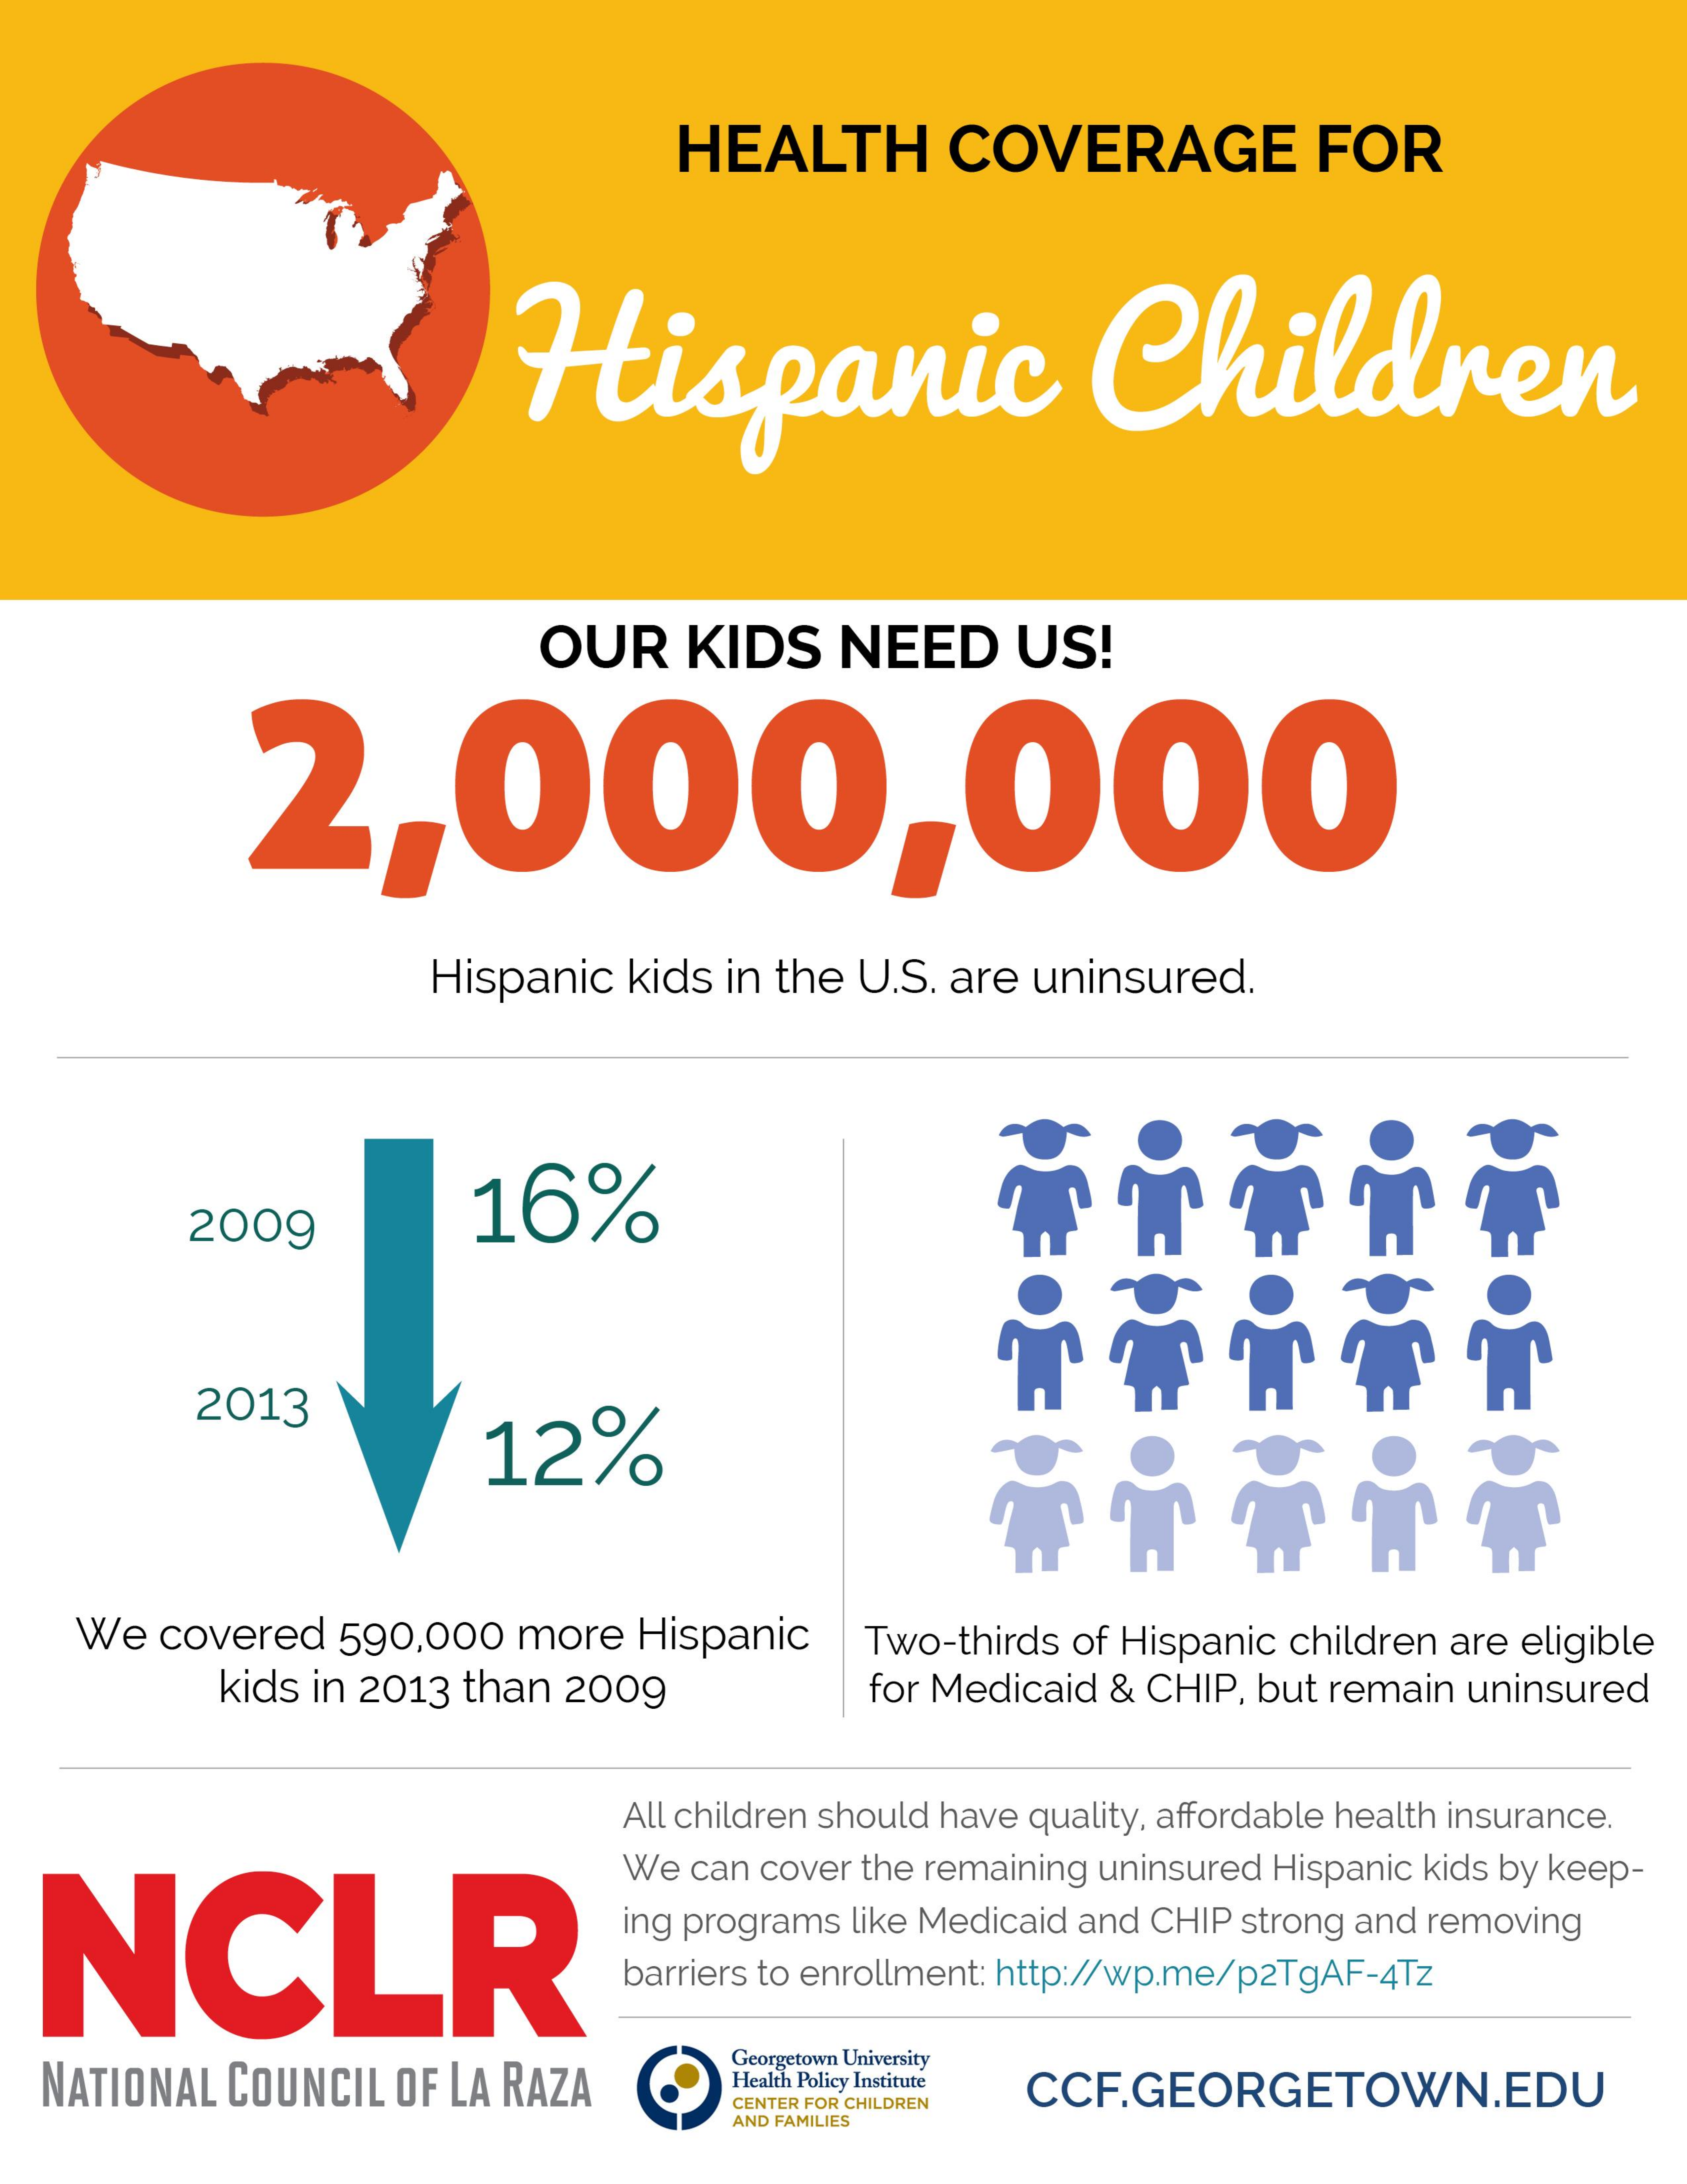
HEALTH    COVERAGE    FOR
     Hispanic    Children
     OUR   KIDS  NEED    US!
     2,000,000
     Hispanic kids in the U.S. are uninsured.
     2009    16%
     2013
     12%
   We  covered 590,000 more Hispanic Two-thirds of Hispanic children are eligible
     kids in 2013 than 2009    for Medicaid & CHIP, but remain uninsured
     All children should have quality, affordable health insurance.
  NCLR
     We can cover the remaining uninsured Hispanic kids by keep-
     ing programs like Medicaid and CHIP strong and removing
     barriers to enrollment: http://wp.me/p2TgAF-4Tz
  NATIONAL COUNCIL OF LA RAZA
     Georgetown University
     Health Policy Institute CCF.GEORGETOWN.EDU
     CENTER FOR CHILDREN
     AND FAMILIES